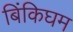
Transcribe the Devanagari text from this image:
बिंकिघम